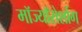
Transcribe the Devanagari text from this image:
मॉज्यॉरोर्शाग